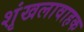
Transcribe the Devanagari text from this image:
शृंखलावाहक